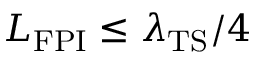
L _ { \mathrm { F P I } } \leq \lambda _ { \mathrm { T S } } / 4